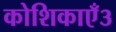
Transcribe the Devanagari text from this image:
कोशिकाएँ३